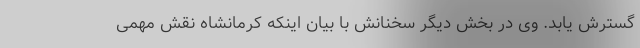
گسترش یابد. وی در بخش دیگر سخنانش با بیان اینکه کرمانشاه نقش مهمی